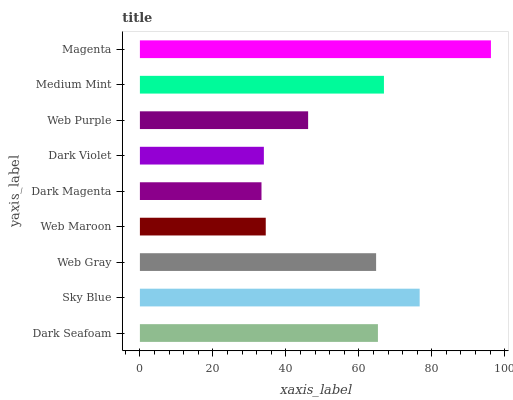
| yaxis_label | bars |
 | --- | --- |
 | Dark Seafoam | 65.2 |
 | Sky Blue | 76.7 |
 | Web Gray | 64.7 |
 | Web Maroon | 34.5 |
 | Dark Magenta | 33.3 |
 | Dark Violet | 34 |
 | Web Purple | 46.1 |
 | Medium Mint | 66.9 |
 | Magenta | 96.2 |